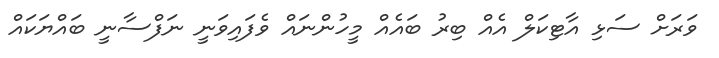
ވަރަށް ސަޅި އާޓިކަލް އެއް ބިރު ބައެއް މީހުންނައް ވެފައިވަނީ ނަފްސާނީ ބައްޔަކައް